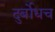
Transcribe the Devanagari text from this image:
दुर्बोधच